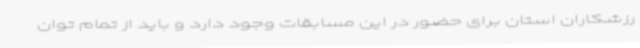
رزشکاران استان برای حضور در این مسابقات وجود دارد و باید از تمام توان